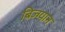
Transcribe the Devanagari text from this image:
बिज्ग्यान